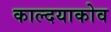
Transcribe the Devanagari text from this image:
काल्दयाकोव